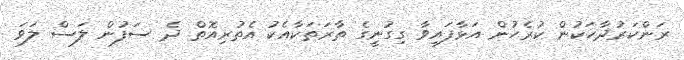
ރަންކަރުދާހަކުން ކުރެހުން އަޅާފައިވާ ގިގުނީގެ ތާރަތަކާއެކު އެތުރިއޮތް ދެ ސަފުން ލަސް ލަވަ